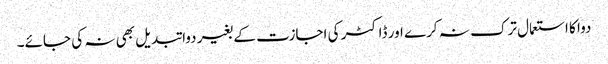
دوا کا استعمال ترک نہ کرے اور ڈاکٹر کی اجازت کے بغیر دوا تبدیل بھی نہ کی جائے۔